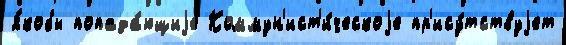
я́кобы попада́ющиjе Коммун'ист'и́ческоjе пр'ису́тствуjет